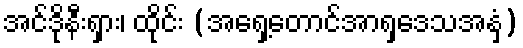
အင်ဒိုနီးရှား၊ ထိုင်း (အရှေ့တောင်အာရှဒေသအနှံ့)